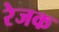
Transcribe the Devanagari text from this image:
रेजक